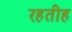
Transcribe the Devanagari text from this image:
रहतीह